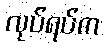
လုပ်ရပ်က